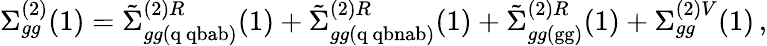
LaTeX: \Sigma_{gg}^{(2)}(1)=\tilde{\Sigma}_{gg(\mathrm{q\ qbab})}^{(2)R}(1)+\tilde{\Sigma}_{gg(\mathrm{q\ qbnab})}^{(2)R}(1)+\tilde{\Sigma}_{gg(\mathrm{gg})}^{(2)R}(1)+\Sigma_{gg}^{(2)V}(1)\, ,